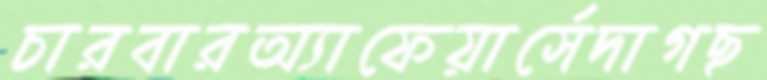
চারবারঅ্যাফেয়ার্সেদাগছ